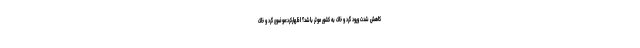
کاهش شدت ورود گرد و خاک به کشور موثر باشد؟ اظهارکرد:موضوع گرد و خاک